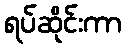
ရပ်ဆိုင်းကာ